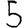
Digit: 5